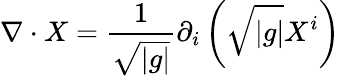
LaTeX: \nabla\cdot X={\frac{1}{\sqrt{|g|}}}\partial_{i}\left({\sqrt{|g|}}X^{i}\right)